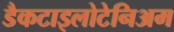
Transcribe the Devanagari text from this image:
डैकटाइलोटेनिअम